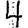
Digit: 4